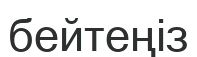
бейтеңіз